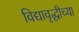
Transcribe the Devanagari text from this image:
विद्यावृद्धीच्या